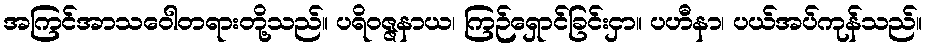
အကြင်အာသဝေါတရားတို့သည်။ ပရိဝဇ္ဇနာယ၊ ကြဉ်ရှောင်ခြင်းငှာ။ ပဟီနာ၊ ပယ်အပ်ကုန်သည်။